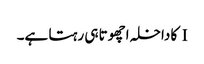
I کا داخلہ اچھوتا ہی رہتا ہے۔